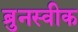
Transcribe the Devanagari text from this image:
ब्रुनस्वीक